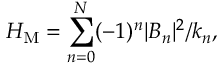
{ \cal H } _ { \mathrm { M } } = \sum _ { n = 0 } ^ { N } ( - 1 ) ^ { n } | B _ { n } | ^ { 2 } / k _ { n } ,